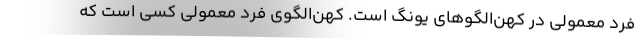
فرد معمولی در کهن‌الگوهای یونگ است. کهن‌الگوی فرد معمولی کسی است که